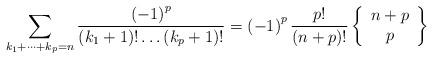
LaTeX: \begin{align*}\sum_{k_{1}+\dots+k_{p}=n}\frac{\left(-1\right)^{p}}{\left(k_{1}+1\right)!\dots\left(k_{p}+1\right)!}=\left(-1\right)^{p}\frac{p!}{\left(n+p\right)!}\left\{ \begin{array}{c}n+p\\p\end{array}\right\} \end{align*}